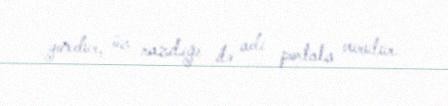
yoxdur, öz razılığı ilə adı portala vurulur.